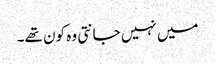
میں نہیں جانتی وہ کون تھے۔